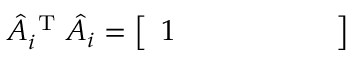
\hat { A } _ { i } ^ { \mathrm { ~ T ~ } } \hat { A } _ { i } = \left[ \begin{array} { l l l l l l } { 1 } & { } & { } & { } & { } & { } \end{array} \right]